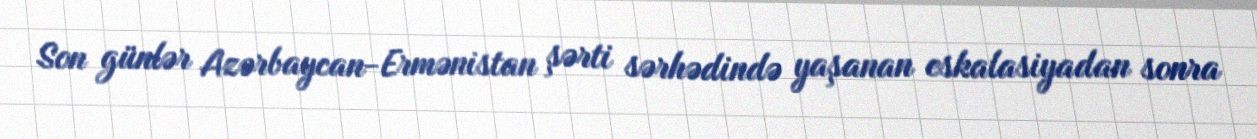
Son günlər Azərbaycan-Ermənistan şərti sərhədində yaşanan eskalasiyadan sonra